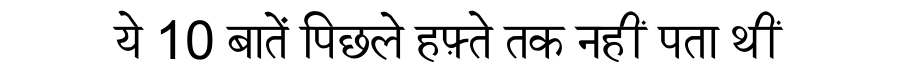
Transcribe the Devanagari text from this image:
ये 10 बातें पिछले हफ़्ते तक नहीं पता थीं